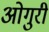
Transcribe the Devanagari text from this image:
ओगुरी